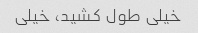
خیلی طول کشید، خیلی